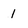
Character: I